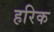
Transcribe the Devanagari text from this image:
हरिक